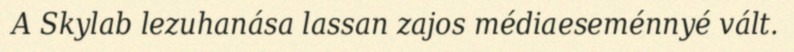
A Skylab lezuhanása lassan zajos médiaeseménnyé vált.